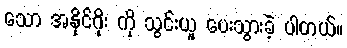
သော အနိုင်ဂိုး ကို သွင်းယူ ပေးသွားခဲ့ ပါတယ်။